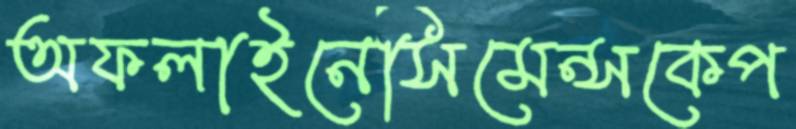
অফলাইনেসিমেন্সকেপ